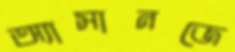
অ্যাসানজে